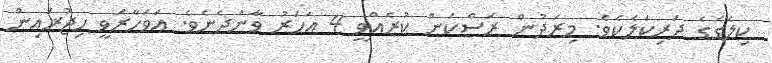
ކިލެގެގެ ދަރިކަލެކެވެ. މިރަދުން ރަސްކަން ކުރެއްވީ 4 އަހަރު ވާންދެނެވެ. އަވަހާރަވީ ހިޖުރައިން